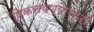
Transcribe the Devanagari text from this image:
विकसवण्यासाठी